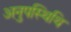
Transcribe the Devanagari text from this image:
अनुपस्थिथि